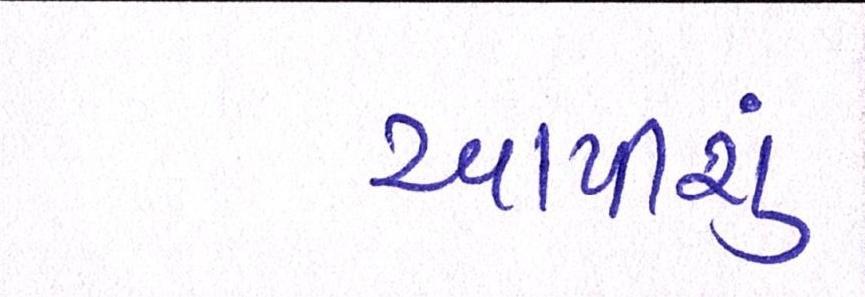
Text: આપીશું